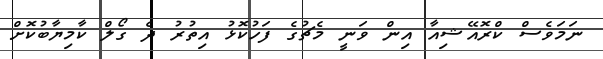
ނަމަވެސް ކްރޮއޭޝިއާ އިން ވަނީ މެޗުގެ ފަހުކޮޅު އިތުރު ދެ ގޯލް ކާމިޔާބުކޮށް